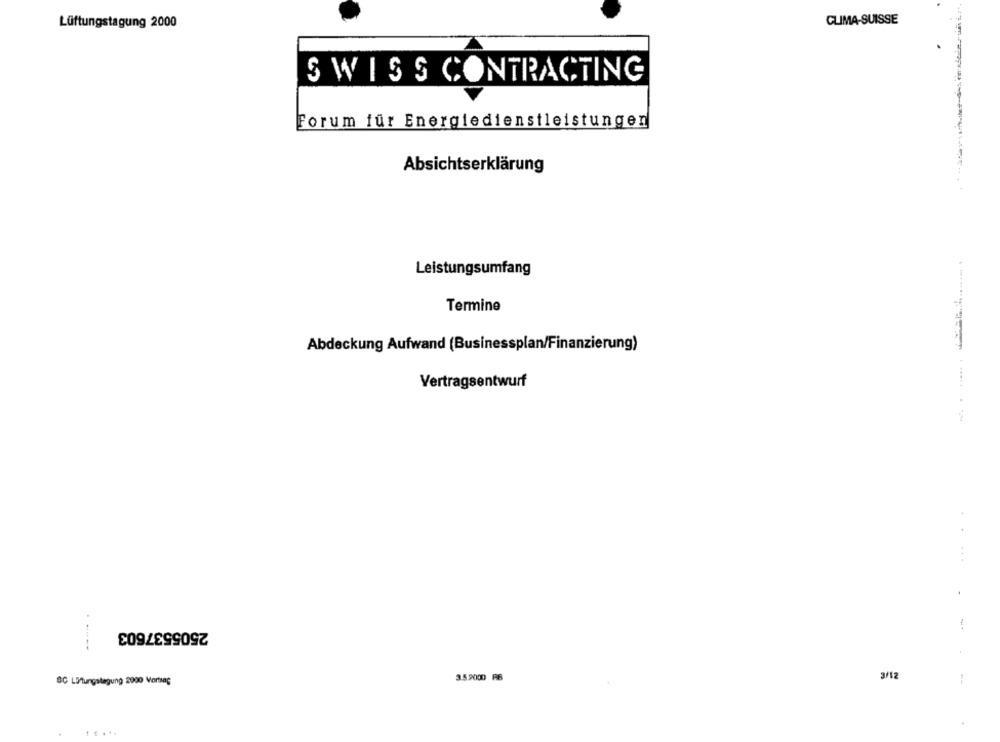
GLIMA-SUISSE
Lüftungstagung 2000
SWISS CONTRACTING
Forum für Energiedienstleistungen
Absichtserklärung
Leistungsumfang
Termine
Abdeckung Aufwand (Businessplan/Finanzierung)
Vertragsentwurf
.
2505537603
3.5.9000 R6
SC Lüftungstagung 2000 Vortag